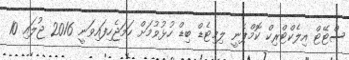
ސްޓޭޓް އިލެކްޓްރިކް ކޮމްޕެނީ ލިމިޓެޑް ބިޑް ހުޅުވުމަށް ހަމަޖެހިފައިވަނީ 2016 ޖުލައި 10